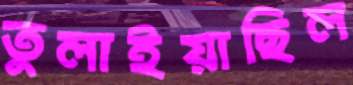
তুলাইয়াছিল